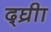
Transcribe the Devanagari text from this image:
द्घ्रीा